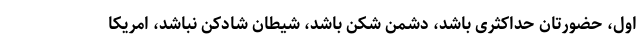
اول، حضورتان حداکثری باشد، دشمن شکن باشد، شیطان شادکن نباشد، امریکا